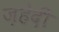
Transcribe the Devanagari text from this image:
ज़हेदी